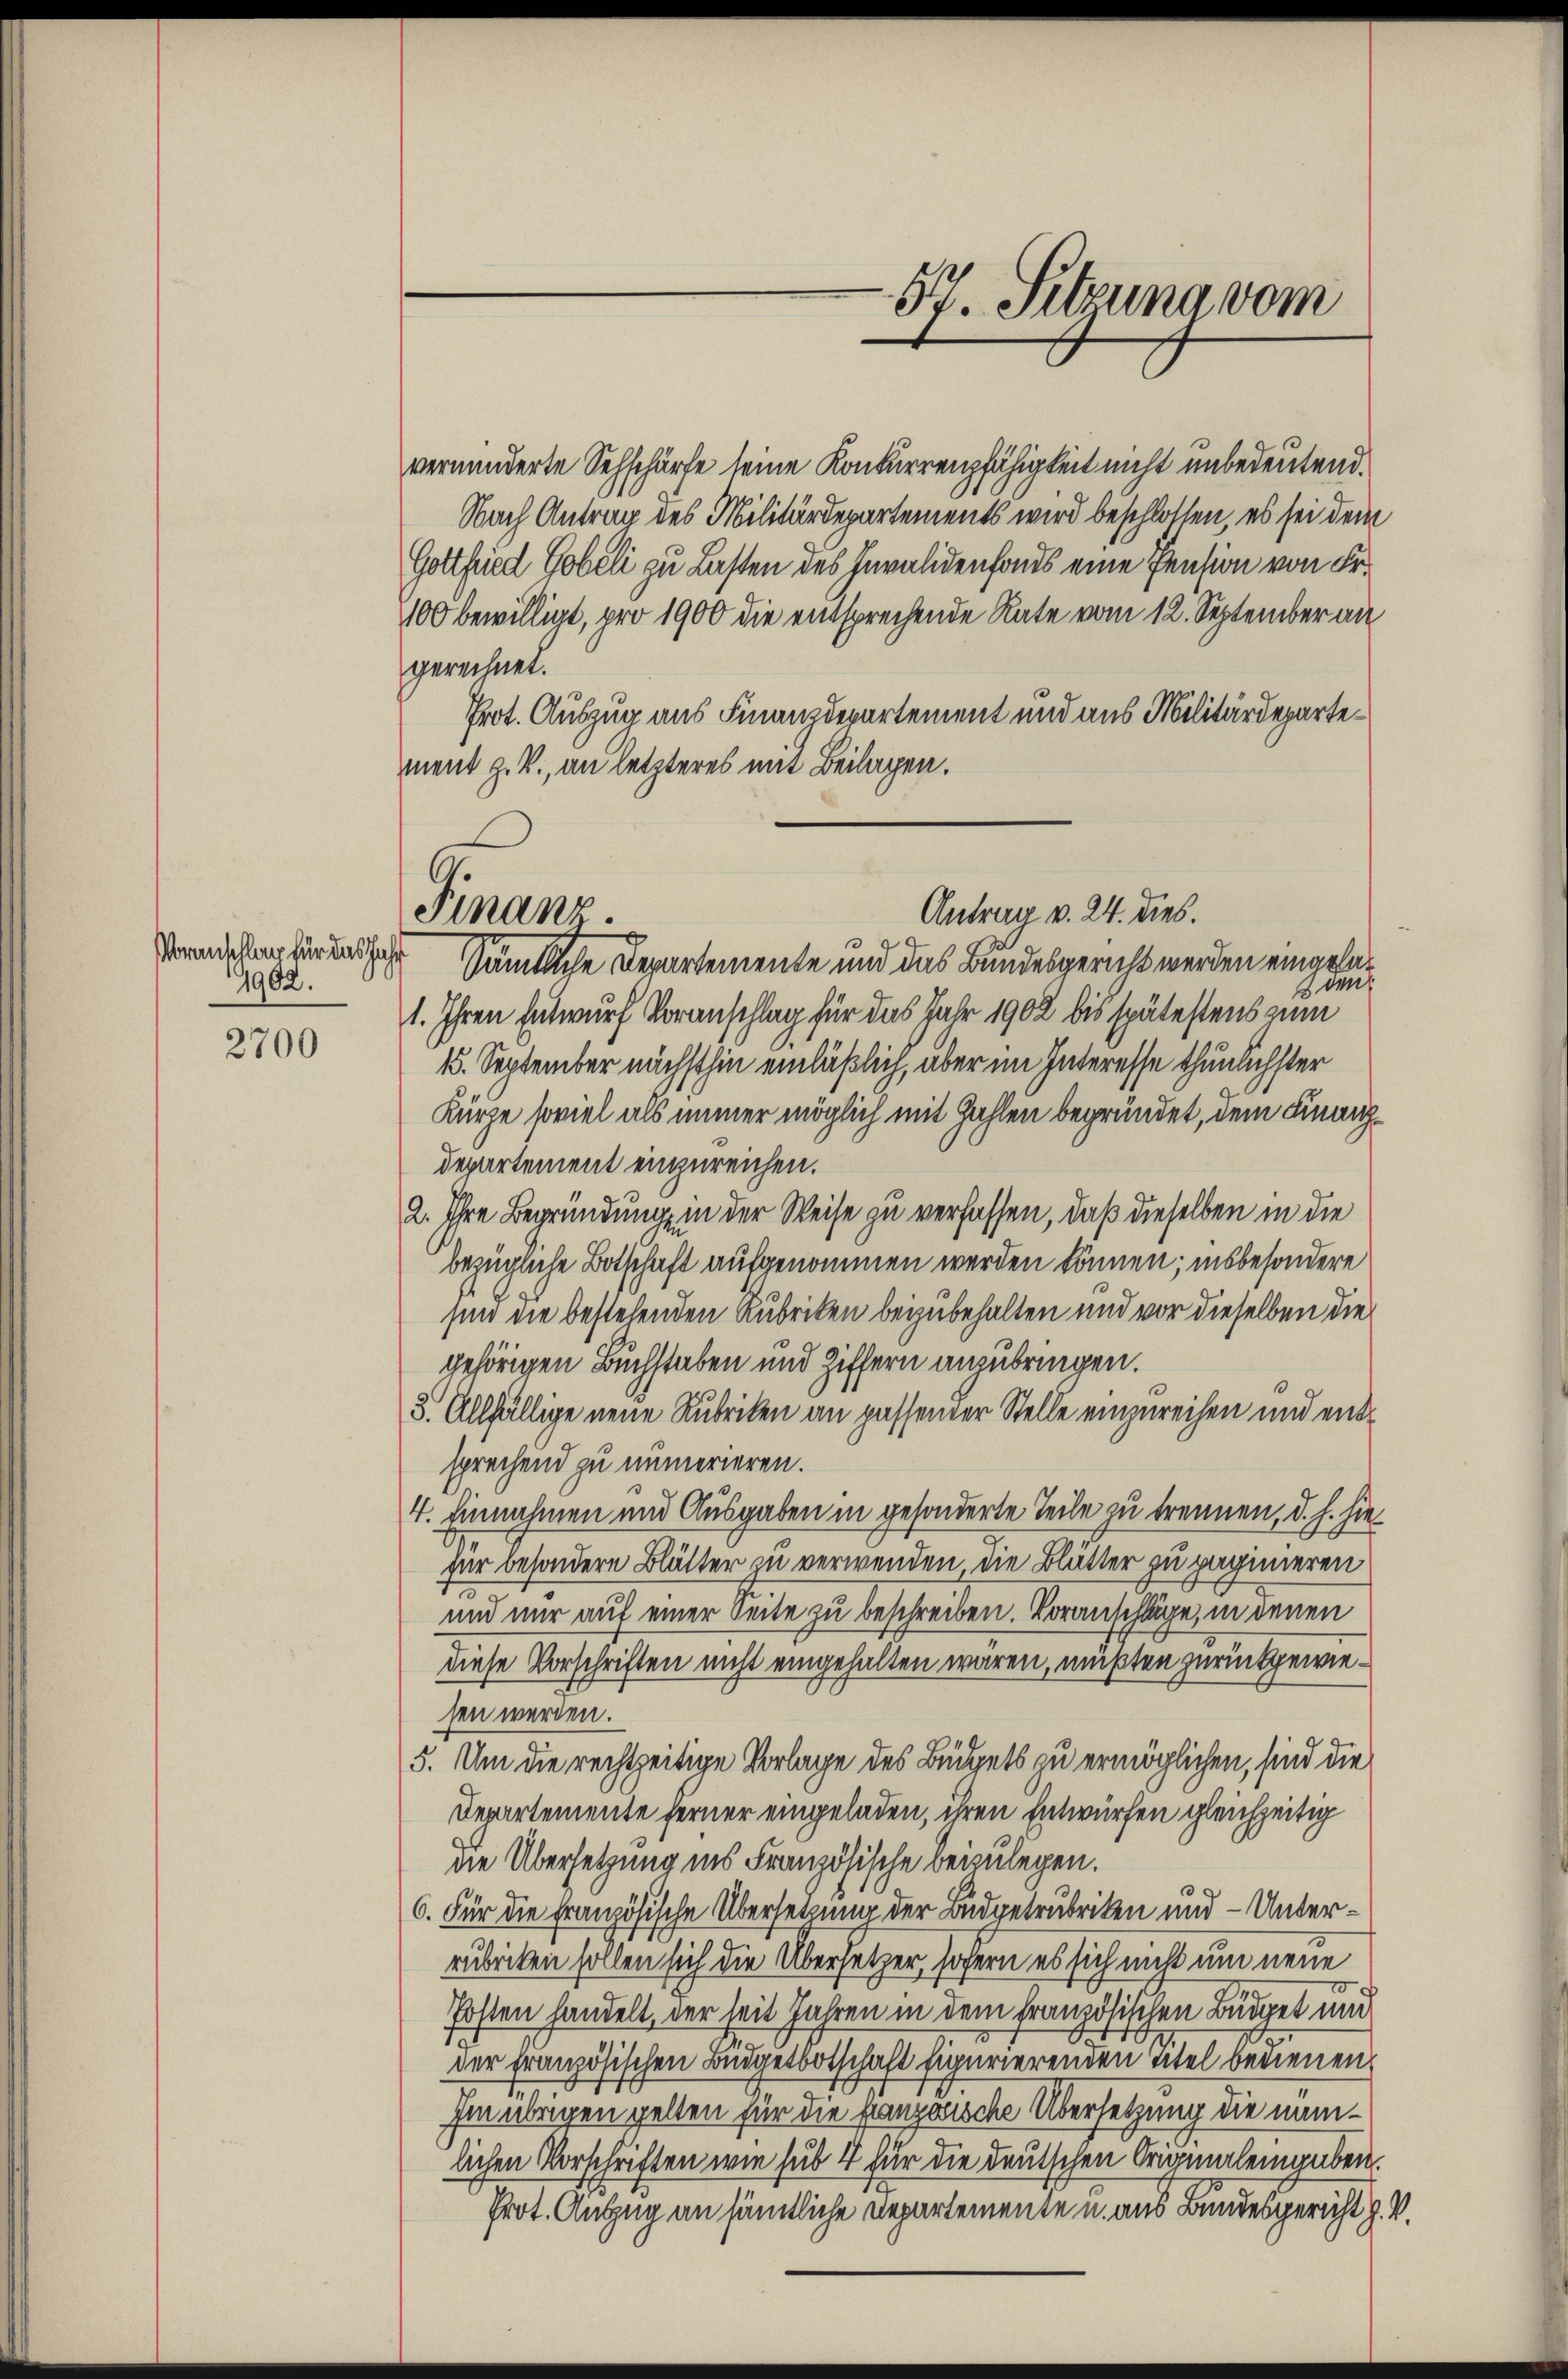
Voranschlag für das Jahr
1902.

2700

Finanz.

verminderte Sehschürfe seine Konkurrenzfähigkeit nicht unbedeutend.
Nach Antrag des Militärdepartements wird beschlossen, es sei dem
Gottfried Gobeli zu Lasten des Invalidenfans eine Pension von Fr.
100 bewilligt, pro 1900 die entsprechende Rate vom 12. September an
gerichnet.
Prot. Auszug aus Finanzdepartement und aus Militärdepartement z. B., an letzteres mit Beilagen.
Sämtliche Departemente und das Bundesgericht werden einersazve
1. Ihren Entwurf Voranschlag für das Jahr 1902 bis spätestens nun
15. September nächsthin einläßlich, über im Interesse thunlichster
Kurze soviel als immer möglich mit Zahlen begründet, dem Finanzdepartement einzureichen.
2. Ihre Begründung in der Weise zu verfassen, daß dieselben in die
bezügliche Botschaft aufgenommen werden können; insbesondere
sind die bestehenden Rubriken beizubehalten und vor dieselben die
gehörigen Buchstaben und Ziffern anzubringen.
3. Allfällige neue Rubriken an passender Stelle einzureihen und entsprechend zu numerieren.
4. Einnahmen und Ausgaben in gesonderte Teile zu trennen, d. h. hiefür besondere Blätter zu verwenden die Blätter zu paginieren
und nur auf einer Seite zu beschreiben. Voranschläge, in denen
diese Vorschriften nicht eingehalten waren, müßten zurückgewiesen werden.
5. Um die rechtzeitige Vorlage des Büdgets zu ermöglichen, sind die
Departemente ferner eingeladen, ihren Entwürfen gleichzeitig
die Übersetzung ins Französische beizulegen.
6. Für die französische Übersetzung der Budgetrubriken und - Unterrubriken sollen sich die Übersetzer, sofern es sich nicht um neue
Posten handelt, der seit Jahren in dem französischen Büdget und
d
der Französischen Büdgetbotschaft figurierenden Titel bedienen.
Im übrigen gelten für die französische Übersetzung die nämlichen Vorschriften wie sub 4 für die deutschen Originaleigaben.
Prot. Auszug an sämtliche Departemente u. aus Bundesgericht z. V.

57. Sitzuna vom

Antrag v. 24. dies.